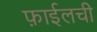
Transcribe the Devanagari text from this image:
फ़ाईलची